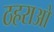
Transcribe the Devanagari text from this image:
ठहराओ